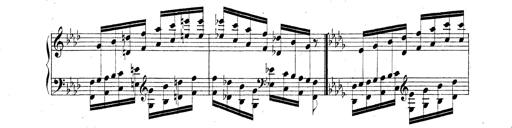
Title: Technische Studien
Composer: Franz Liszt